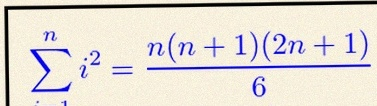
\sum_{i=1}^{n}i^2=\frac{n(n+1)(2n+1)}6